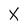
Character: X